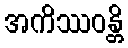
အကိဿဝန္တိ